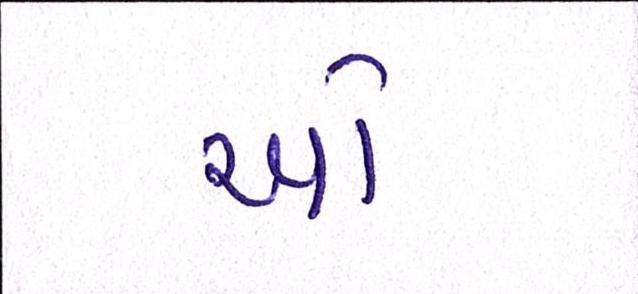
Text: ઓ